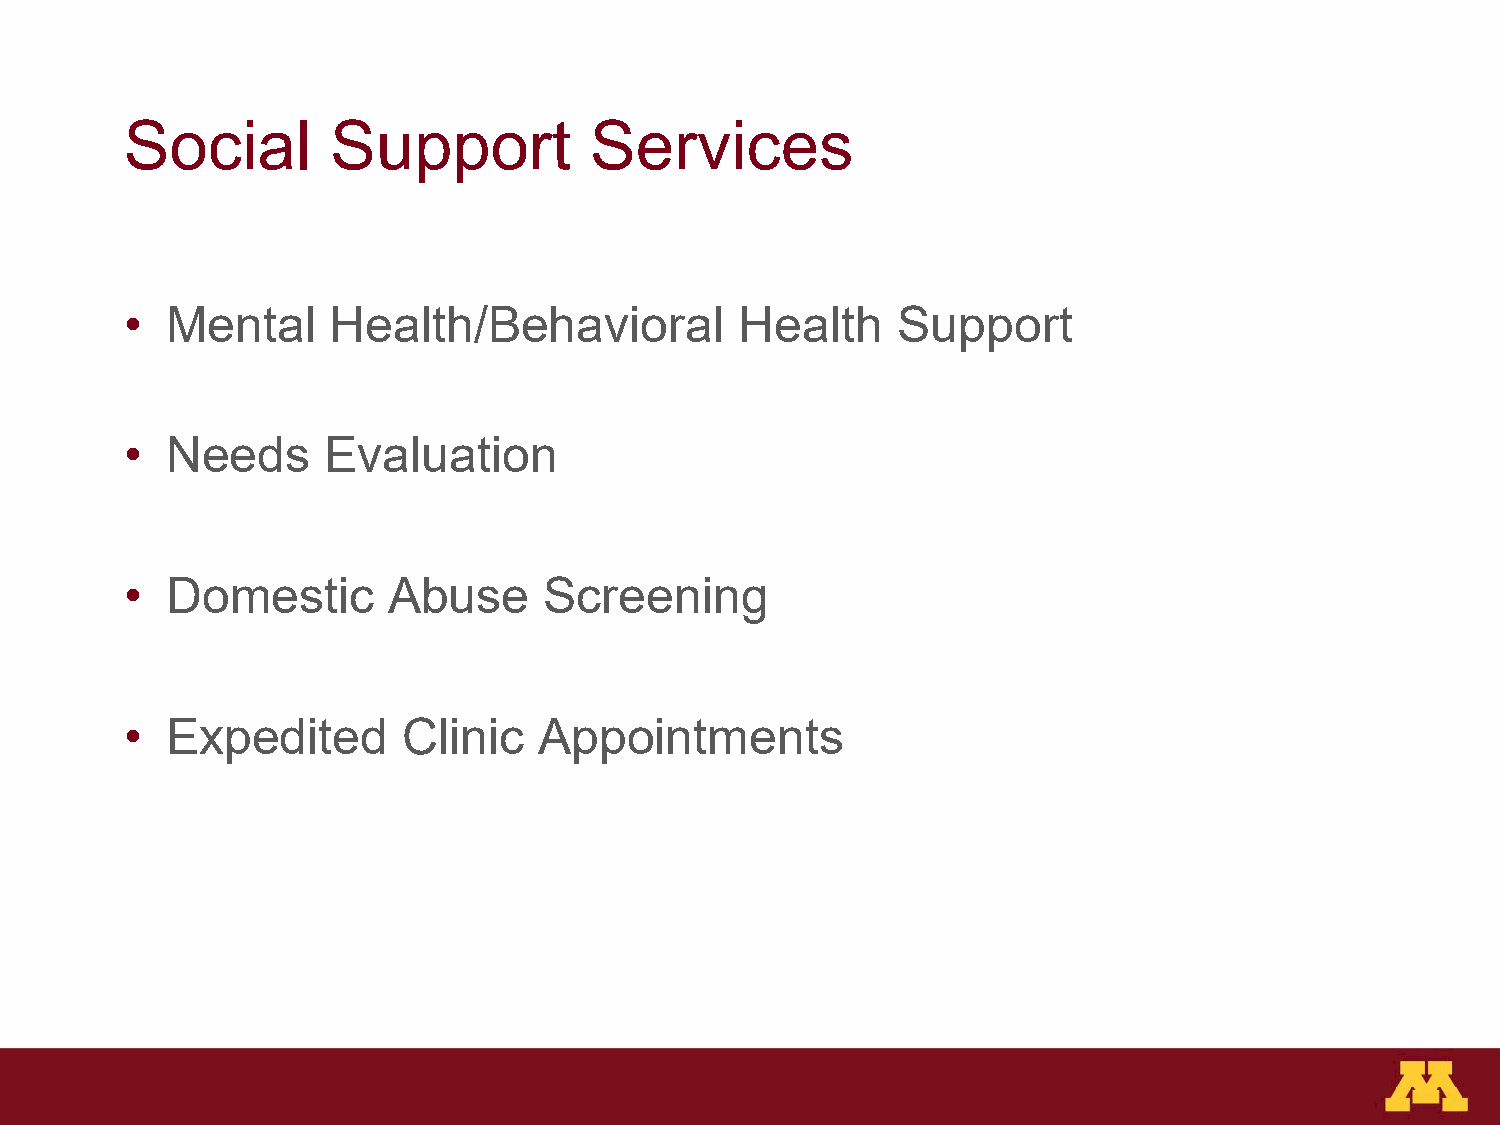
Social        Support          Services
 •  Mental     Health/Behavioral          Health    Support
 •  Needs     Evaluation
 •  Domestic       Abuse     Screening
 •  Expedited       Clinic   Appointments